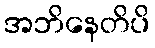
အဘိနေတိပိ